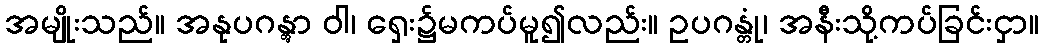
အမျိုးသည်။ အနုပဂန္တွာ ဝါ၊ ရှေး၌မကပ်မူ၍လည်း။ ဥပဂန္တုံ၊ အနီးသို့ကပ်ခြင်းငှာ။